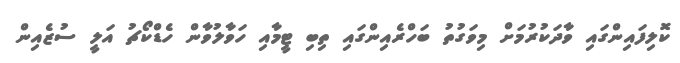
ކޮލިފައިންގައި ވާދަކުރުމަށް މިވަގުތު ބަހްރެއިންގައި ތިބި ޓީމާއި ހަވާލުވާން ހެޑްކޯޗު އަލީ ސުޒެއިން